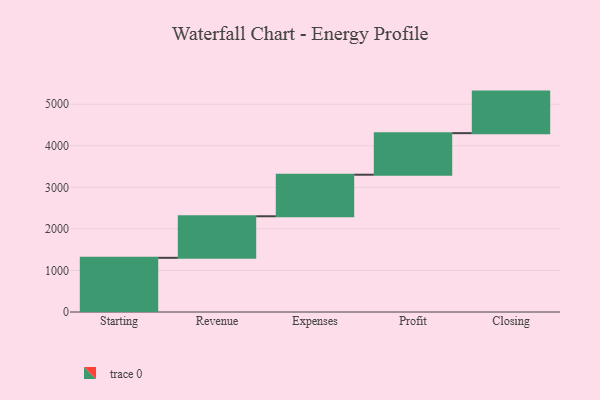
{"axis": {"x": "Step", "y": "Value"}, "legend": [""], "data": [{"x": "Starting", "y": 1304.0, "type": ""}, {"x": "Revenue", "y": 1000, "type": ""}, {"x": "Expenses", "y": 1000, "type": ""}, {"x": "Profit", "y": 1000, "type": ""}, {"x": "Closing", "y": 1000, "type": ""}]}